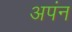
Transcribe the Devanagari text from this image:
अपंन